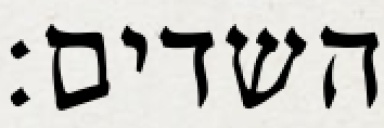
השדים: